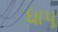
ધાપૂ